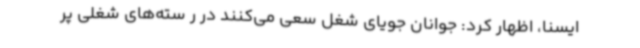
ایسنا، اظهار کرد: جوانان جویای شغل سعی می‌کنند در ر سته‌های شغلی پر